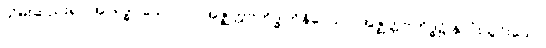
သိမ်းဆည်း၍။ အာရဒ္ဓါ၊ သော။ ပ။ အဇ္ဈတ္တဗဟိဒ္ဓါဘိနိဝေသာ၊ အဇ္ဈတ္တဗဟိဒ္ဓ၌ နှလုံးသွင်းသော